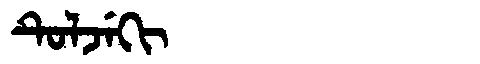
Manchu: ᡨᡠᠯᠵᡝᡴᡳ
Romanization: TULJEKI